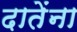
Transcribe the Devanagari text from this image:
दातेंना